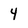
Character: 4